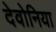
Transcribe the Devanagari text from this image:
देवोनिया